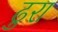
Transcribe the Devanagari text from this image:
ढुरा